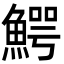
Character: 鰐